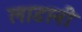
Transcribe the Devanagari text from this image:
लाडानी